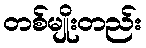
တစ်မျိုးတည်း